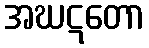
အဃဋတော